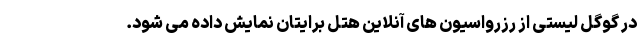
در گوگل لیستی از رزرواسیون های آنلاین هتل برایتان نمایش داده می شود.